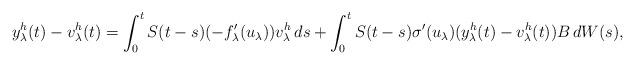
LaTeX: \begin{align*} y^h_\lambda(t) - v^h_\lambda(t) = \int_0^t S(t-s) (-f'_\lambda(u_\lambda))v^h_\lambda\,ds + \int_0^t S(t-s) \sigma'(u_\lambda) (y^h_\lambda(t) - v^h_\lambda(t)) B\,dW(s), \end{align*}